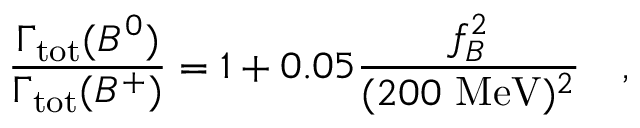
\frac { \Gamma _ { \mathrm { t o t } } ( B ^ { 0 } ) } { \Gamma _ { \mathrm { t o t } } ( B ^ { + } ) } = 1 + 0 . 0 5 \frac { f _ { B } ^ { 2 } } { ( 2 0 0 ~ \mathrm { M e V } ) ^ { 2 } } ~ ~ ~ ,